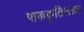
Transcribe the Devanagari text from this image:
पाककृतिसंग्रह